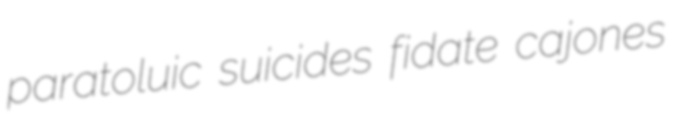
paratoluic suicides fidate cajones